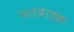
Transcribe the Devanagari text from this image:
मलवाहक